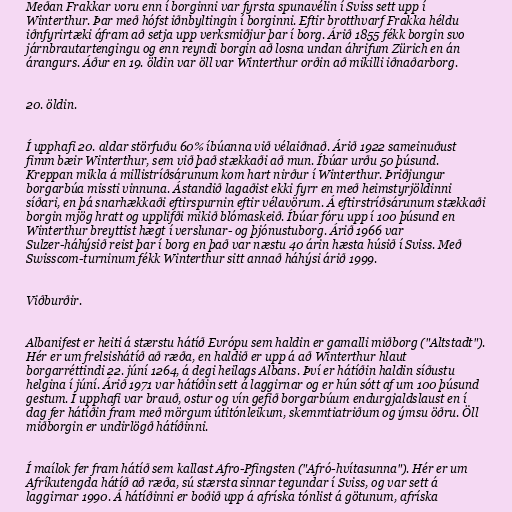
Meðan Frakkar voru enn í borginni var fyrsta spunavélin í Sviss sett upp í
Winterthur. Þar með hófst iðnbyltingin í borginni. Eftir brotthvarf Frakka héldu
iðnfyrirtæki áfram að setja upp verksmiðjur þar í borg. Árið 1855 fékk borgin svo
járnbrautartengingu og enn reyndi borgin að losna undan áhrifum Zürich en án
árangurs. Áður en 19. öldin var öll var Winterthur orðin að mikilli iðnaðarborg.

20. öldin.

Í upphafi 20. aldar störfuðu 60% íbúanna við vélaiðnað. Árið 1922 sameinuðust
fimm bæir Winterthur, sem við það stækkaði að mun. Íbúar urðu 50 þúsund.
Kreppan mikla á millistríðsárunum kom hart nirður í Winterthur. Þriðjungur
borgarbúa missti vinnuna. Ástandið lagaðist ekki fyrr en með heimstyrjöldinni
síðari, en þá snarhækkaði eftirspurnin eftir vélavörum. Á eftirstríðsárunum stækkaði
borgin mjög hratt og upplifði mikið blómaskeið. Íbúar fóru upp í 100 þúsund en
Winterthur breyttist hægt í verslunar- og þjónustuborg. Árið 1966 var
Sulzer-háhýsið reist þar í borg en það var næstu 40 árin hæsta húsið í Sviss. Með
Swisscom-turninum fékk Winterthur sitt annað háhýsi árið 1999.

Viðburðir.

Albanifest er heiti á stærstu hátíð Evrópu sem haldin er gamalli miðborg ("Altstadt").
Hér er um frelsishátíð að ræða, en haldið er upp á að Winterthur hlaut
borgarréttindi 22. júní 1264, á degi heilags Albans. Því er hátíðin haldin síðustu
helgina í júní. Árið 1971 var hátíðin sett á laggirnar og er hún sótt af um 100 þúsund
gestum. Í upphafi var brauð, ostur og vín gefið borgarbúum endurgjaldslaust en í
dag fer hátíðin fram með mörgum útitónleikum, skemmtiatriðum og ýmsu öðru. Öll
miðborgin er undirlögð hátíðinni.

Í maílok fer fram hátíð sem kallast Afro-Pfingsten ("Afró-hvítasunna"). Hér er um
Afríkutengda hátíð að ræða, sú stærsta sinnar tegundar í Sviss, og var sett á
laggirnar 1990. Á hátíðinni er boðið upp á afríska tónlist á götunum, afríska